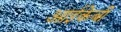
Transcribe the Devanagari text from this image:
आईकेबी